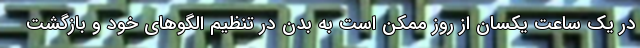
در یک ساعت یکسان از روز ممکن است به بدن در تنظیم الگوهای خود و بازگشت